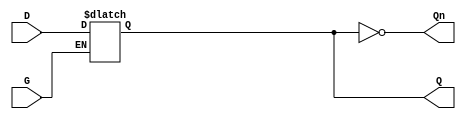
module GatedDLatch (
    input wire D,    // Data input
    input wire G,    // Gate (enable) input
    output reg Q,    // Output
    output wire Qn   // Complementary output
);

// Complementary output
assign Qn = ~Q;

// Always block to implement the latch functionality
always @(*) begin
    if (G) begin
        Q = D; // When G is high, Q follows D
    end
    // When G is low, Q retains its previous value (latch behavior)
end

endmodule